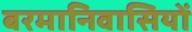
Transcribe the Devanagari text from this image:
बरमानिवासियों